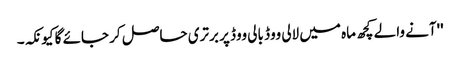
''آنے والے کچھ ماہ میں لالی ووڈ بالی ووڈ پر برتری حاصل کر جائے گا کیونکہ۔